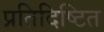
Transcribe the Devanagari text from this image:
प्रतिदिष्टित